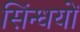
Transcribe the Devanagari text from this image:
सिंन्धयों